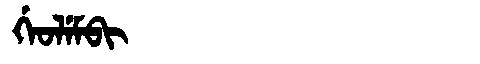
Manchu: ᡤᡝᠣᠯᡝᠮᠪᡳ
Romanization: GEOLEMBI